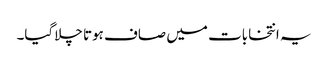
یہ انتخابات میں صاف ہوتا چلاگیا۔